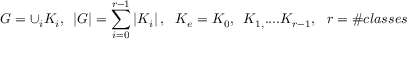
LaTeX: G = \cup _ { i } K _ { i } , \, \, \, \left| G \right| = \sum _ { i = 0 } ^ { r - 1 } \left| K _ { i } \right| , \, \, \, \, K _ { e } = K _ { 0 } , \, \, \, K _ { 1 , } . . . . K _ { r - 1 } , \, \, \, \, r = \# c l a s s e s